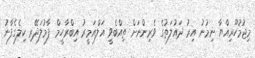
މިޖުމުހޫރިއްޔާ ނިމުނު އިރު ދައުލަތުގެ ވެރިންނަށް ތިއްބެވީ އަލްއަމީރު އިބްރާހީމް ފާމުލަދޭރި ކިލެގެފާނު